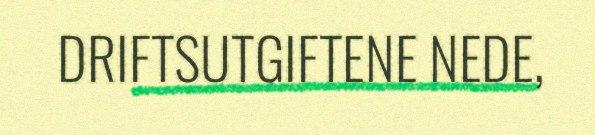
DRIFTSUTGIFTENE NEDE,